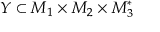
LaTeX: Y \subset { \cal M } _ { 1 } \times { \cal M } _ { 2 } \times { \cal M } _ { 3 } ^ { * }